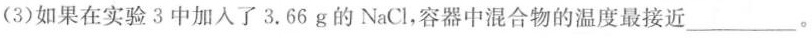
(3)如果在实验3中加入了3.66g的NaCl，容器中混合物的温度最接近___